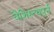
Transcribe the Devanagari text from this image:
वैशिस्त्यपुर्न